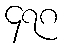
၄၇၈